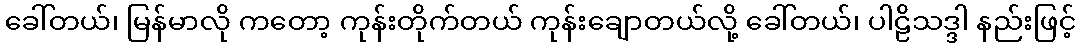
ခေါ်တယ်၊ မြန်မာလို ကတော့ ကုန်းတိုက်တယ် ကုန်းချောတယ်လို့ ခေါ်တယ်၊ ပါဠိသဒ္ဒါ နည်းဖြင့်